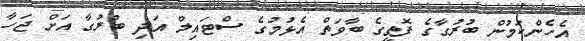
އެހެންކަމުން ބުރުގާގެ ފޮތީގެ ބާވަތް އެޅުމުގެ ސްޓައިލް އަދި ބުރުގާ އަށް ޖަހާ